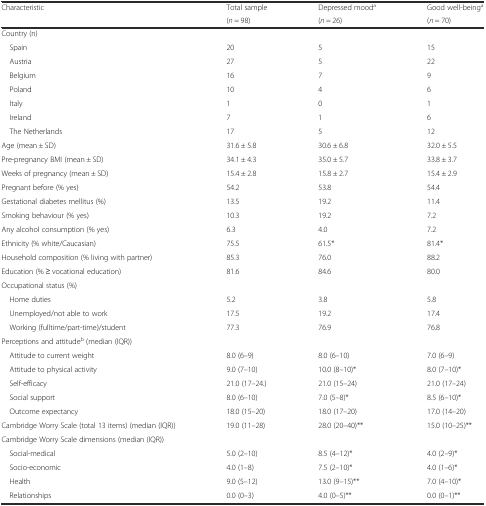
<table><thead><tr><td rowspan="2"><b>Characteristic</b></td><td><b>Total sample</b></td><td><b>Depressed mood<sup>a</sup></b></td><td><b>Good well-being<sup>a</sup></b></td></tr><tr><td><b>(<i>n</i> = 98)</b></td><td><b>(<i>n</i> = 26)</b></td><td><b>(<i>n</i> = 70)</b></td></tr></thead><tbody><tr><td colspan="4">Country (n)</td></tr><tr><td> Spain</td><td>20</td><td>5</td><td>15</td></tr><tr><td> Austria</td><td>27</td><td>5</td><td>22</td></tr><tr><td> Belgium</td><td>16</td><td>7</td><td>9</td></tr><tr><td> Poland</td><td>10</td><td>4</td><td>6</td></tr><tr><td> Italy</td><td>1</td><td>0</td><td>1</td></tr><tr><td> Ireland</td><td>7</td><td>1</td><td>6</td></tr><tr><td> The Netherlands</td><td>17</td><td>5</td><td>12</td></tr><tr><td>Age (mean ± SD)</td><td>31.6 ± 5.8</td><td>30.6 ± 6.8</td><td>32.0 ± 5.5</td></tr><tr><td>Pre-pregnancy BMI (mean ± SD)</td><td>34.1 ± 4.3</td><td>35.0 ± 5.7</td><td>33.8 ± 3.7</td></tr><tr><td>Weeks of pregnancy (mean ± SD)</td><td>15.4 ± 2.8</td><td>15.8 ± 2.7</td><td>15.4 ± 2.9</td></tr><tr><td>Pregnant before (% yes)</td><td>54.2</td><td>53.8</td><td>54.4</td></tr><tr><td>Gestational diabetes mellitus (%)</td><td>13.5</td><td>19.2</td><td>11.4</td></tr><tr><td>Smoking behaviour (% yes)</td><td>10.3</td><td>19.2</td><td>7.2</td></tr><tr><td>Any alcohol consumption (% yes)</td><td>6.3</td><td>4.0</td><td>7.2</td></tr><tr><td>Ethnicity (% white/Caucasian)</td><td>75.5</td><td>61.5*</td><td>81.4*</td></tr><tr><td>Household composition (% living with partner)</td><td>85.3</td><td>76.0</td><td>88.2</td></tr><tr><td>Education (% ≥ vocational education)</td><td>81.6</td><td>84.6</td><td>80.0</td></tr><tr><td colspan="4">Occupational status (%)</td></tr><tr><td> Home duties</td><td>5.2</td><td>3.8</td><td>5.8</td></tr><tr><td> Unemployed/not able to work</td><td>17.5</td><td>19.2</td><td>17.4</td></tr><tr><td> Working (fulltime/part-time)/student</td><td>77.3</td><td>76.9</td><td>76.8</td></tr><tr><td colspan="4">Perceptions and attitude<sup>b</sup> (median (IQR))</td></tr><tr><td> Attitude to current weight</td><td>8.0 (6–9)</td><td>8.0 (6–10)</td><td>7.0 (6–9)</td></tr><tr><td> Attitude to physical activity</td><td>9.0 (7–10)</td><td>10.0 (8–10)*</td><td>8.0 (7–10)*</td></tr><tr><td> Self-efficacy</td><td>21.0 (17–24.)</td><td>21.0 (15–24)</td><td>21.0 (17–24)</td></tr><tr><td> Social support</td><td>8.0 (6–10)</td><td>7.0 (5–8)*</td><td>8.5 (6–10)*</td></tr><tr><td> Outcome expectancy</td><td>18.0 (15–20)</td><td>18.0 (17–20)</td><td>17.0 (14–20)</td></tr><tr><td>Cambridge Worry Scale (total 13 items) (median (IQR))</td><td>19.0 (11–28)</td><td>28.0 (20–40)**</td><td>15.0 (10–25)**</td></tr><tr><td colspan="4">Cambridge Worry Scale dimensions (median (IQR))</td></tr><tr><td> Social-medical</td><td>5.0 (2–10)</td><td>8.5 (4–12)*</td><td>4.0 (2–9)*</td></tr><tr><td> Socio-economic</td><td>4.0 (1–8)</td><td>7.5 (2–10)*</td><td>4.0 (1–6)*</td></tr><tr><td> Health</td><td>9.0 (5–12)</td><td>13.0 (9–15)**</td><td>7.0 (4–10)*</td></tr><tr><td> Relationships</td><td>0.0 (0–3)</td><td>4.0 (0–5)**</td><td>0.0 (0–1)**</td></tr></tbody></table>